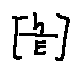
[ \frac { h } { E } ]